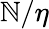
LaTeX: \mathbb{N}/\eta